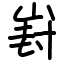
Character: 崶